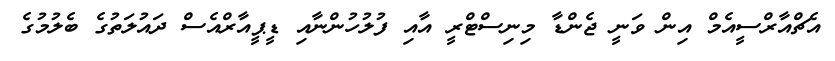
އެޗްއާރްސީއެމް އިން ވަނީ ޖެންޑާ މިނިސްޓްރީ އާއި ފުލުހުންނާއި ޑީޕީއާރްއެސް ދައުލަތުގެ ބެލުމުގެ